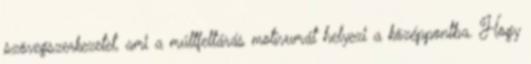
szövegszerkezetet, ami a múltfeltárás motívumát helyezi a középpontba. Hogy